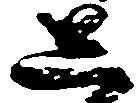
し